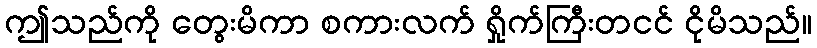
ဤသည်ကို တွေးမိကာ စကားလက် ရှိုက်ကြီးတငင် ငိုမိသည်။